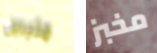
مثيرين مخبز